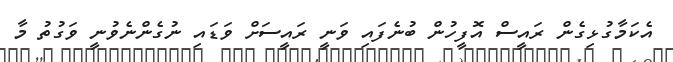
އެކަމާގުޅިގެން ރައީސް އޮފީހުން ބުނެފައި ވަނީ ރައީސަށް ވަަޑައި ނުގެންނެވުނީ ވަގުތު މާ